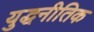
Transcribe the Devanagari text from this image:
युद्धनीतिक